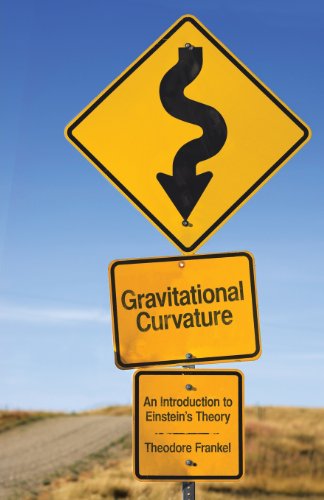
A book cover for Gravitational Curvature: An Introduction to Einstein's Theory (Dover Books on Physics); Prof. Theodore Frankel; Science & Math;